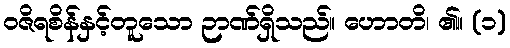
ဝဇိရစိန်နှင့်တူသော ဉာဏ်ရှိသည်။ ဟောတိ၊ ၏။ (၁)